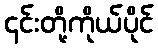
၎င်းတို့ကိုယ်ပိုင်